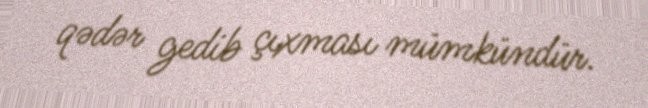
qədər gedib çıxması mümkündür.